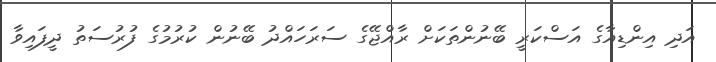
އަދި އިންޑިއާގެ އަސްކަރީ ބޭނުންތަކަށް ރާއްޖޭގެ ސަރަހައްދު ބޭނުން ކުރުމުގެ ފުރުސަތު ދީފައިވާ